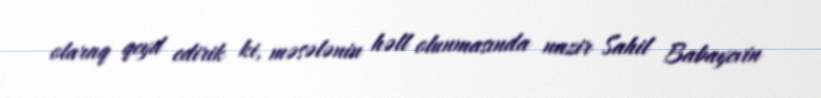
olaraq qeyd edirik ki, məsələnin həll olunmasında nazir Sahil Babayevin